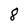
Character: 8